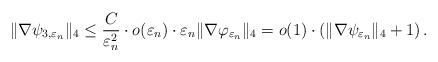
LaTeX: \begin{align*} \|\nabla\psi_{3,\varepsilon_n}\|_4\leq \frac{C}{\varepsilon_n^2}\cdot o(\varepsilon_n)\cdot\varepsilon_n\|\nabla\varphi_{\varepsilon_n}\|_4=o(1)\cdot\left(\|\nabla\psi_{\varepsilon_n}\|_4+1\right). \end{align*}